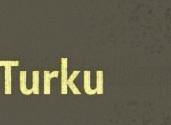
Turku